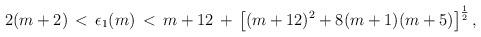
LaTeX: \begin{align*}2(m+2)\,<\,\epsilon_1(m)\,<\,m+12\,+\,\left[(m+12)\sp2+8(m+1)(m+5)\right]\sp{1\over2},\end{align*}